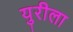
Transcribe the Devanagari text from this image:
युरीला